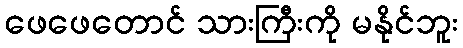
ဖေဖေတောင် သားကြီးကို မနိုင်ဘူး